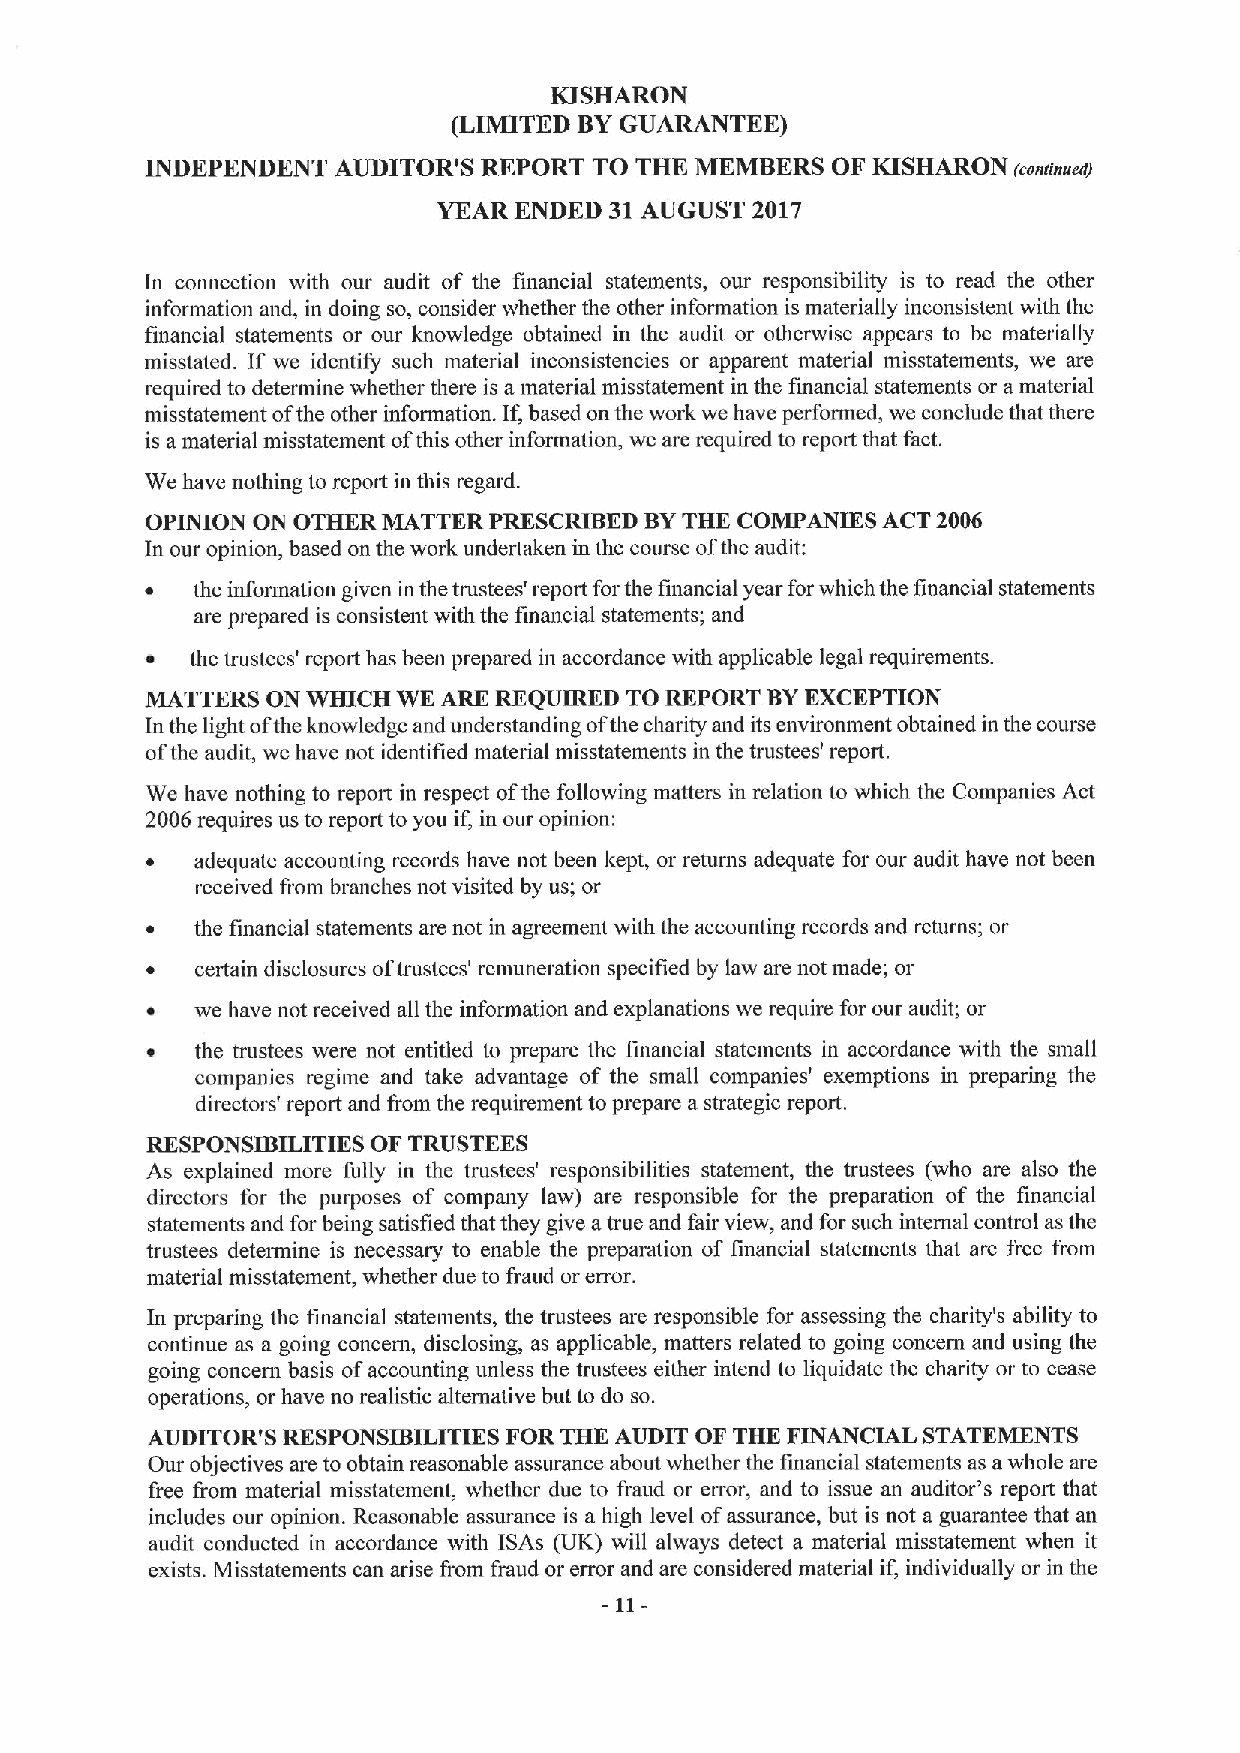
KISHARON
 (LIMITED BYGUARANTEE)
 INDEPENDENT AUDITOR  SREPORT TO THE MEMBERS  OF KISHARON (coniinvert)
 YEAR ENDED 31AUGUST  2017
 In connection with our audit of the financial statements, our responsibility is to read the other
 information and, in doing so, consider whether the other information is materially inconsistent with the
 financial statements or our knowledge obtained in the audit or otherwise appears to be materially
 misstated. If we identify such material inconsistencies or apparent material misstatements, we are
 required to determine whether there is a material misstatement in the financial statements or amaterial
 misstatement ofthe other information. If,based on the work we have performed, we conclude that there
 is a material misstatement ofthis other information, we are required to report that fact.
 We have nothing to report in this regard.
 OPINION ON OTHER MATTER PRESCRIBED BYTHE COMPANIES ACT 2006
 In our opinion, based on the work undertaken in the course ofthe audit:
 ~  the information given in the trustees' report for the financial year forwhich the financial statements
 are prepared is consistent with the financial statements; and
 ~  the trustees' report has been prepared in accordance with applicable legal requirements.
 MATTERS ON WHICH WK ARK REQUIRED TO REPORT BYEXCEPTION
 In the light ofthe knowledge and understanding ofthe charity and its environment obtained in the course
 ofthe audit, we have not identified material misstatements in the trustees' report.
 We have nothing to report in respect ofthe following matters in relation to which the Companies Act
 2006 requires us to report to you if, in our opinion:
 ~  adequate accounting records have not been kept, or returns adequate for our audit have not been
 received from branches not visited by us; or
 ~  the financial statements are not in agreement with the accounting records and returns; or
 ~  certain disclosures oftrustees' remuneration specified by law are not made; or
 ~  we have not received all the information and explanations we require for our audit; or
 ~  the trustees were not entitled to prepare the financial statements in accordance with the small
 companies regime and take advantage of the small companies' exemptions in preparing the
 directors' report and from the requirement to prepare a strategic report.
 RESPONSIBILITIES OF TRUSTEES
 As explained more fully in the trustees' responsibilities statement, the trustees (who are also the
 directors for the purposes of company law) are responsible for the preparation of the financial
 statements and for being satisfied that they give atrue and fair view, and for such internal control as the
 trustees determine is necessary to enable the preparation of financial statements that are free from
 material misstatement, whether due to fraud or error.
 In preparing the financial statements, the trustees are responsible for assessing the charity's ability to
 continue as a going concern, disclosing, as applicable, matters related to going concern and using the
 going concern basis ofaccounting unless the trustees either intend to liquidate the charity or to cease
 operations, or have no realistic alternative but to do so.
 AUDITOR'S RESPONSIBILITIES FOR THE AUDIT OF THE FINANCIAL STATEMENTS
 Our objectives are to obtain reasonable assurance about whether the financial statements as awhole are
 free from material misstatement, whether due to fraud or error, and to issue an auditor's report that
 includes our opinion. Reasonable assurance is a high level ofassurance, but is not a guarantee that an
 audit conducted in accordance with ISAs (UK) will always detect a material misstatement when it
 exists. Misstatements can arise from fraud or error and are considered material if, individually or in the
 11-
 —